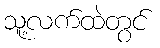
သူ့လက်ထဲတွင်